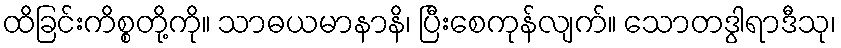
ထိခြင်းကိစ္စတို့ကို။ သာဓယမာနာနိ၊ ပြီးစေကုန်လျက်။ သောတဒွါရာဒီသု၊